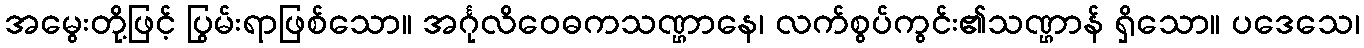
အမွေးတို့ဖြင့် ပြွမ်းရာဖြစ်သော။ အင်္ဂုလိဝေဓကသဏ္ဌာနေ၊ လက်စွပ်ကွင်း၏သဏ္ဌာန် ရှိသော။ ပဒေသေ၊